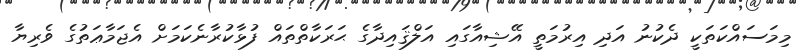
މިމަސައްކަތަކީ ދެކުނު އަދި އިރުމަތީ އޭޝިއާގައި އަލްޤައިދާގެ ޙަރަކާތްތައް ފުޅާކުރާނެކަމަށް އެޖަމާޢަތުގެ ވެރިޔާ